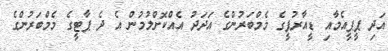
އަދި ޕީޕީއެމާއި ޑީއާރުޕީގެ މެމްބަރުންގެ އަދަދު އެއްކޮށްލުމުން އެ ދެ ޕާޓީގެ މެމްބަރުންގެ